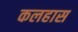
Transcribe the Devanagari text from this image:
कलहास